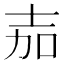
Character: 𭐒